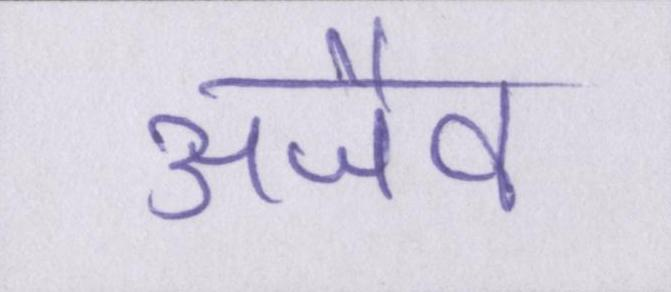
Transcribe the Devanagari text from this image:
अजैव